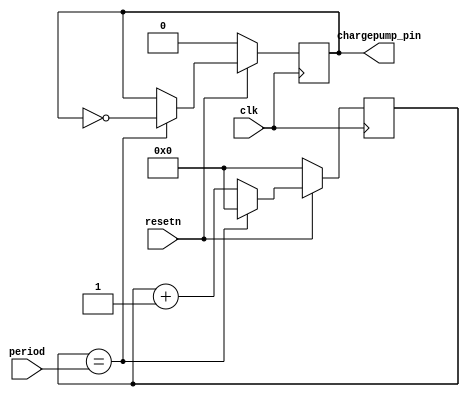
module chargepump (
    input  clk,
    input  resetn,
    input  [7:0] period,
    output chargepump_pin
);

  reg [7:0] cp_counter;
  reg       chargepump;
  assign chargepump_pin = chargepump;
  always @(posedge clk) begin
    if (!resetn) begin
      cp_counter <= 0;
      chargepump <= 0;
    end else begin
      cp_counter <= cp_counter + 1'b1;

      if (cp_counter == period) begin
        cp_counter <= 0;
        chargepump <= ~chargepump;
      end
    end
  end

endmodule